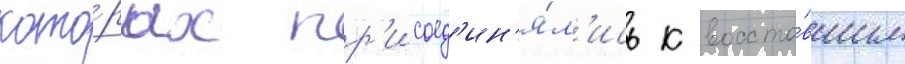
кото́рых пр'исоед'ин'я́л'ись к восста́вшим